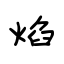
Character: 焰